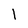
Character: l